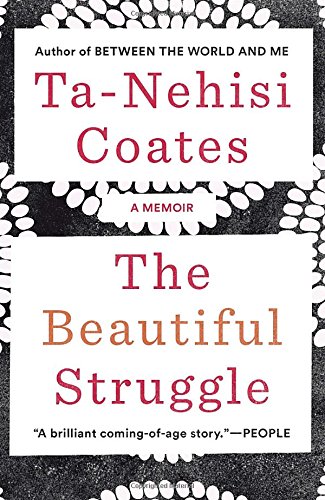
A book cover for The Beautiful Struggle: A Memoir; Ta-Nehisi Coates; Biographies & Memoirs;